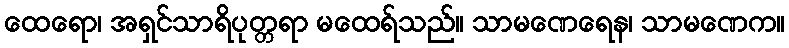
ထေရော၊ အရှင်သာရိပုတ္တရာ မထေရ်သည်။ သာမဏေရေန၊ သာမဏေက။